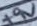
Text: +9V